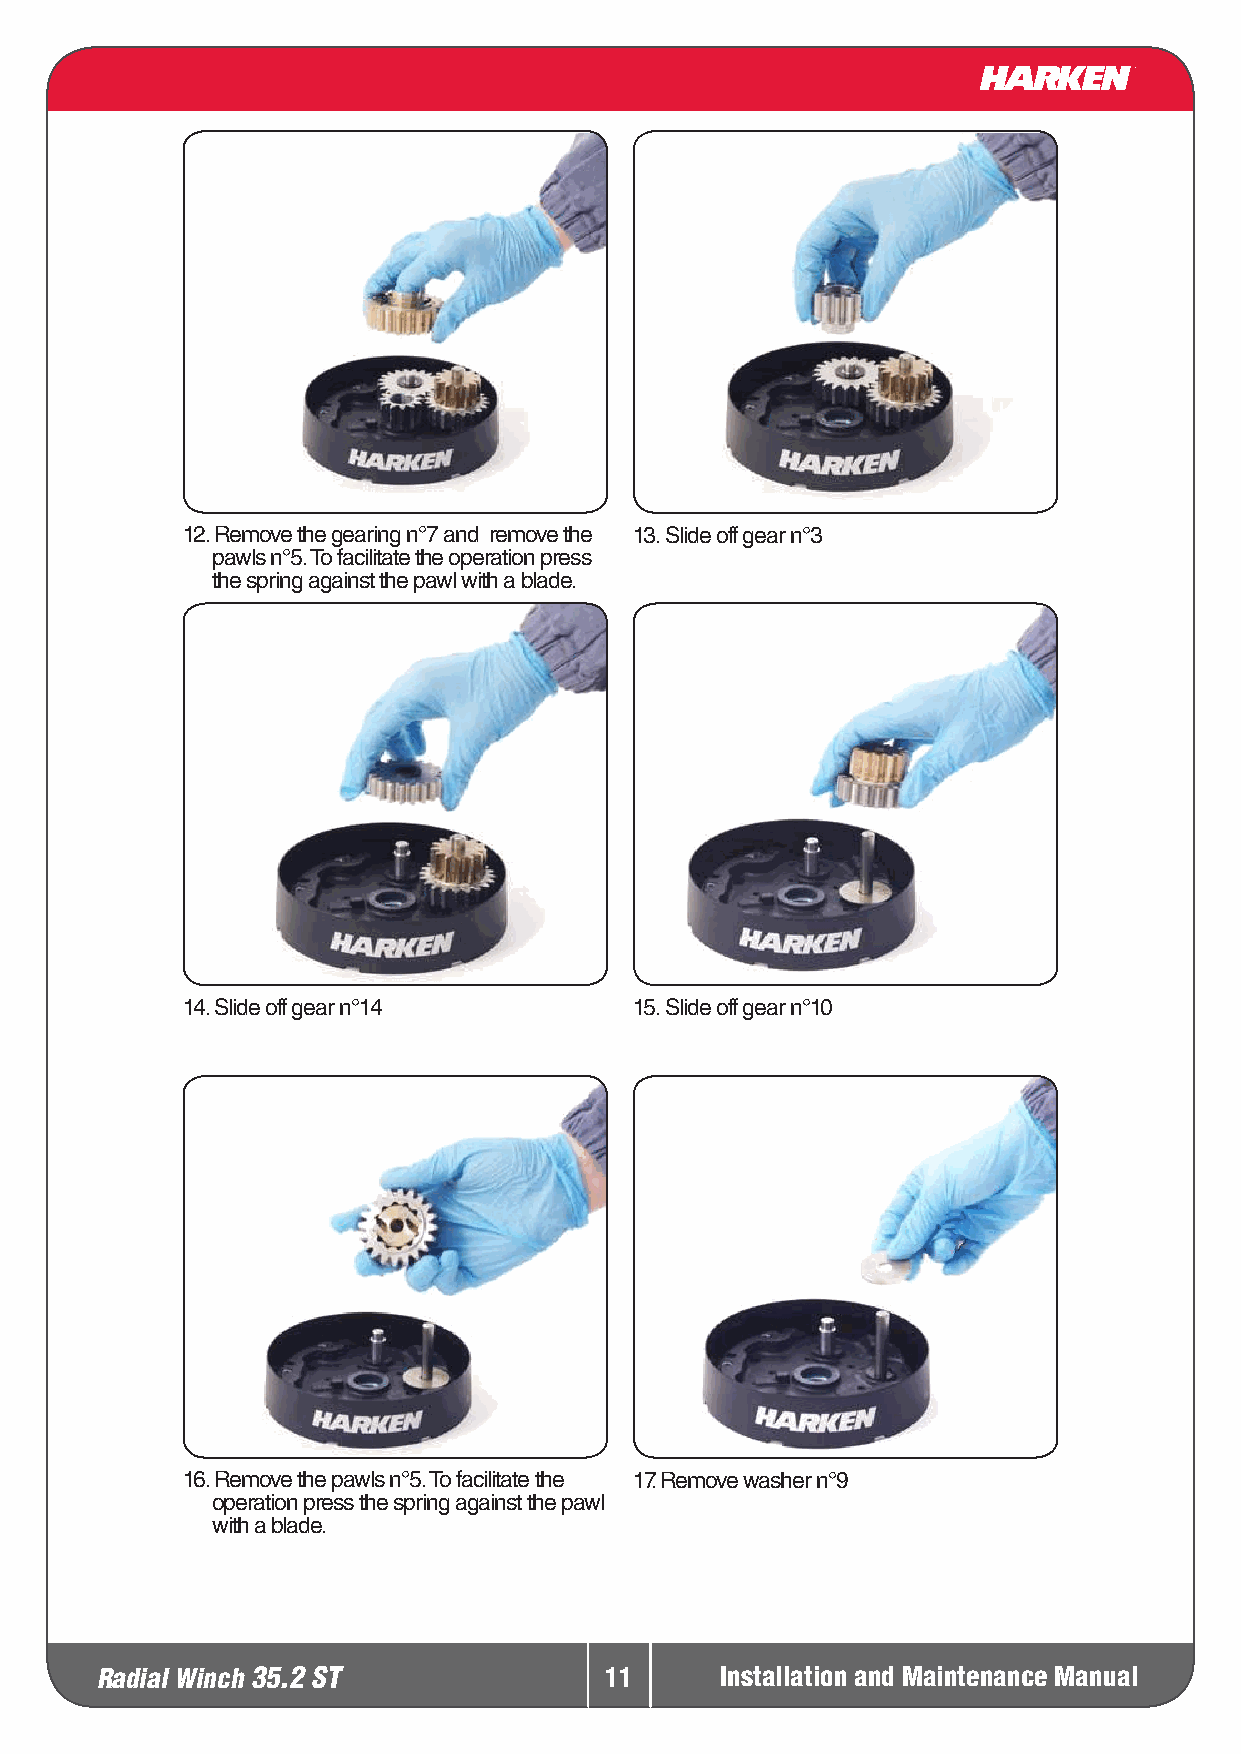
12. Remove the gearing n°7 and remove the 13. Slide off gear n°3
 pawls n°5. To facilitate the operation press
 the spring against the pawl with a blade.
 14. Slide off gear n°14       15. Slide off gear n°10
 16. Remove the pawls n°5. To facilitate the 17. Remove washer n°9
 operation press the spring against the pawl
 with a blade.
 Radial Winch 35.2 ST              11      Installation and Maintenance Manual